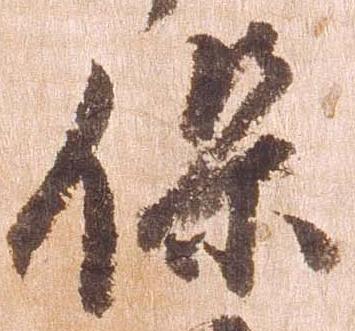
保